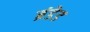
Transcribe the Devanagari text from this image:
ब्रंडेड